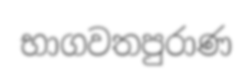
භාගවතපුරාණ